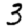
Digit: 3